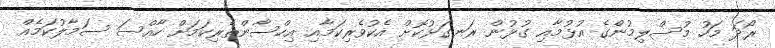
ރޯދަ މަހު މުސްލިމުންގެ އުޅުމާއި ގުޅުން ރަނގަޅުކޮށް އެކުވެރިކަމާއި އިހްސާންތެރިކަމަށް ހާއްސަ ސަމާލުކަމެއް